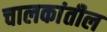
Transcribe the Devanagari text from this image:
चालकांतील